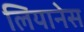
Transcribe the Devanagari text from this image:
लियानेस